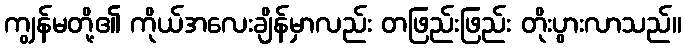
ကျွန်မတို့၏ ကိုယ်အလေးချိန်မှာလည်း တဖြည်းဖြည်း တိုးပွားလာသည်။